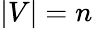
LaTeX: \vert V\vert=n